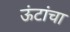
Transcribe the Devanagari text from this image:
ऊंटांचा